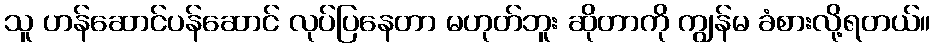
သူ ဟန်ဆောင်ပန်ဆောင် လုပ်ပြနေတာ မဟုတ်ဘူး ဆိုတာကို ကျွန်မ ခံစားလို့ရတယ်။